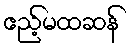
ဧည့်မထဆန်